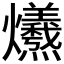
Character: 𤓚